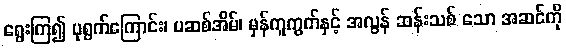
ရွေးကြ၍ ပုရွက်ကြောင်း၊ ပဆစ်အိမ်၊ မှန်ကူကွက်နှင့် အလွန် ဆန်းသစ် သော အဆင်ကို